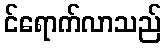
င်ရောက်လာသည်